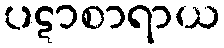
ပဋာစာရာယ